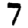
Digit: 7